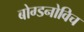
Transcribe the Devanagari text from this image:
बोग्डनोविच